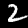
Digit: 2